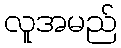
လူအမည်